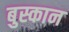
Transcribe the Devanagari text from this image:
बुस्कान